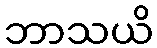
ဘာသယိ